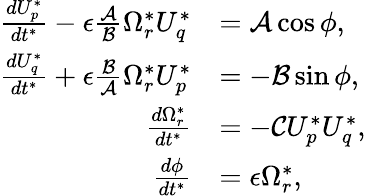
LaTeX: \begin{array}{rl}{\frac{dU_{p}^{*}}{dt^{*}}-\epsilon\frac{\mathcal{A}}{\mathcal{B}}\Omega_{r}^{*}U_{q}^{*}}&{=\mathcal{A}\cos\phi,}\\ {\frac{dU_{q}^{*}}{dt^{*}}+\epsilon\frac{\mathcal{B}}{\mathcal{A}}\Omega_{r}^{*}U_{p}^{*}}&{=-\mathcal{B}\sin\phi,}\\ {\frac{d\Omega_{r}^{*}}{dt^{*}}}&{=-\mathcal{C}U_{p}^{*}U_{q}^{*},}\\ {\frac{d\phi}{dt^{*}}}&{=\epsilon\Omega_{r}^{*},}\end{array}